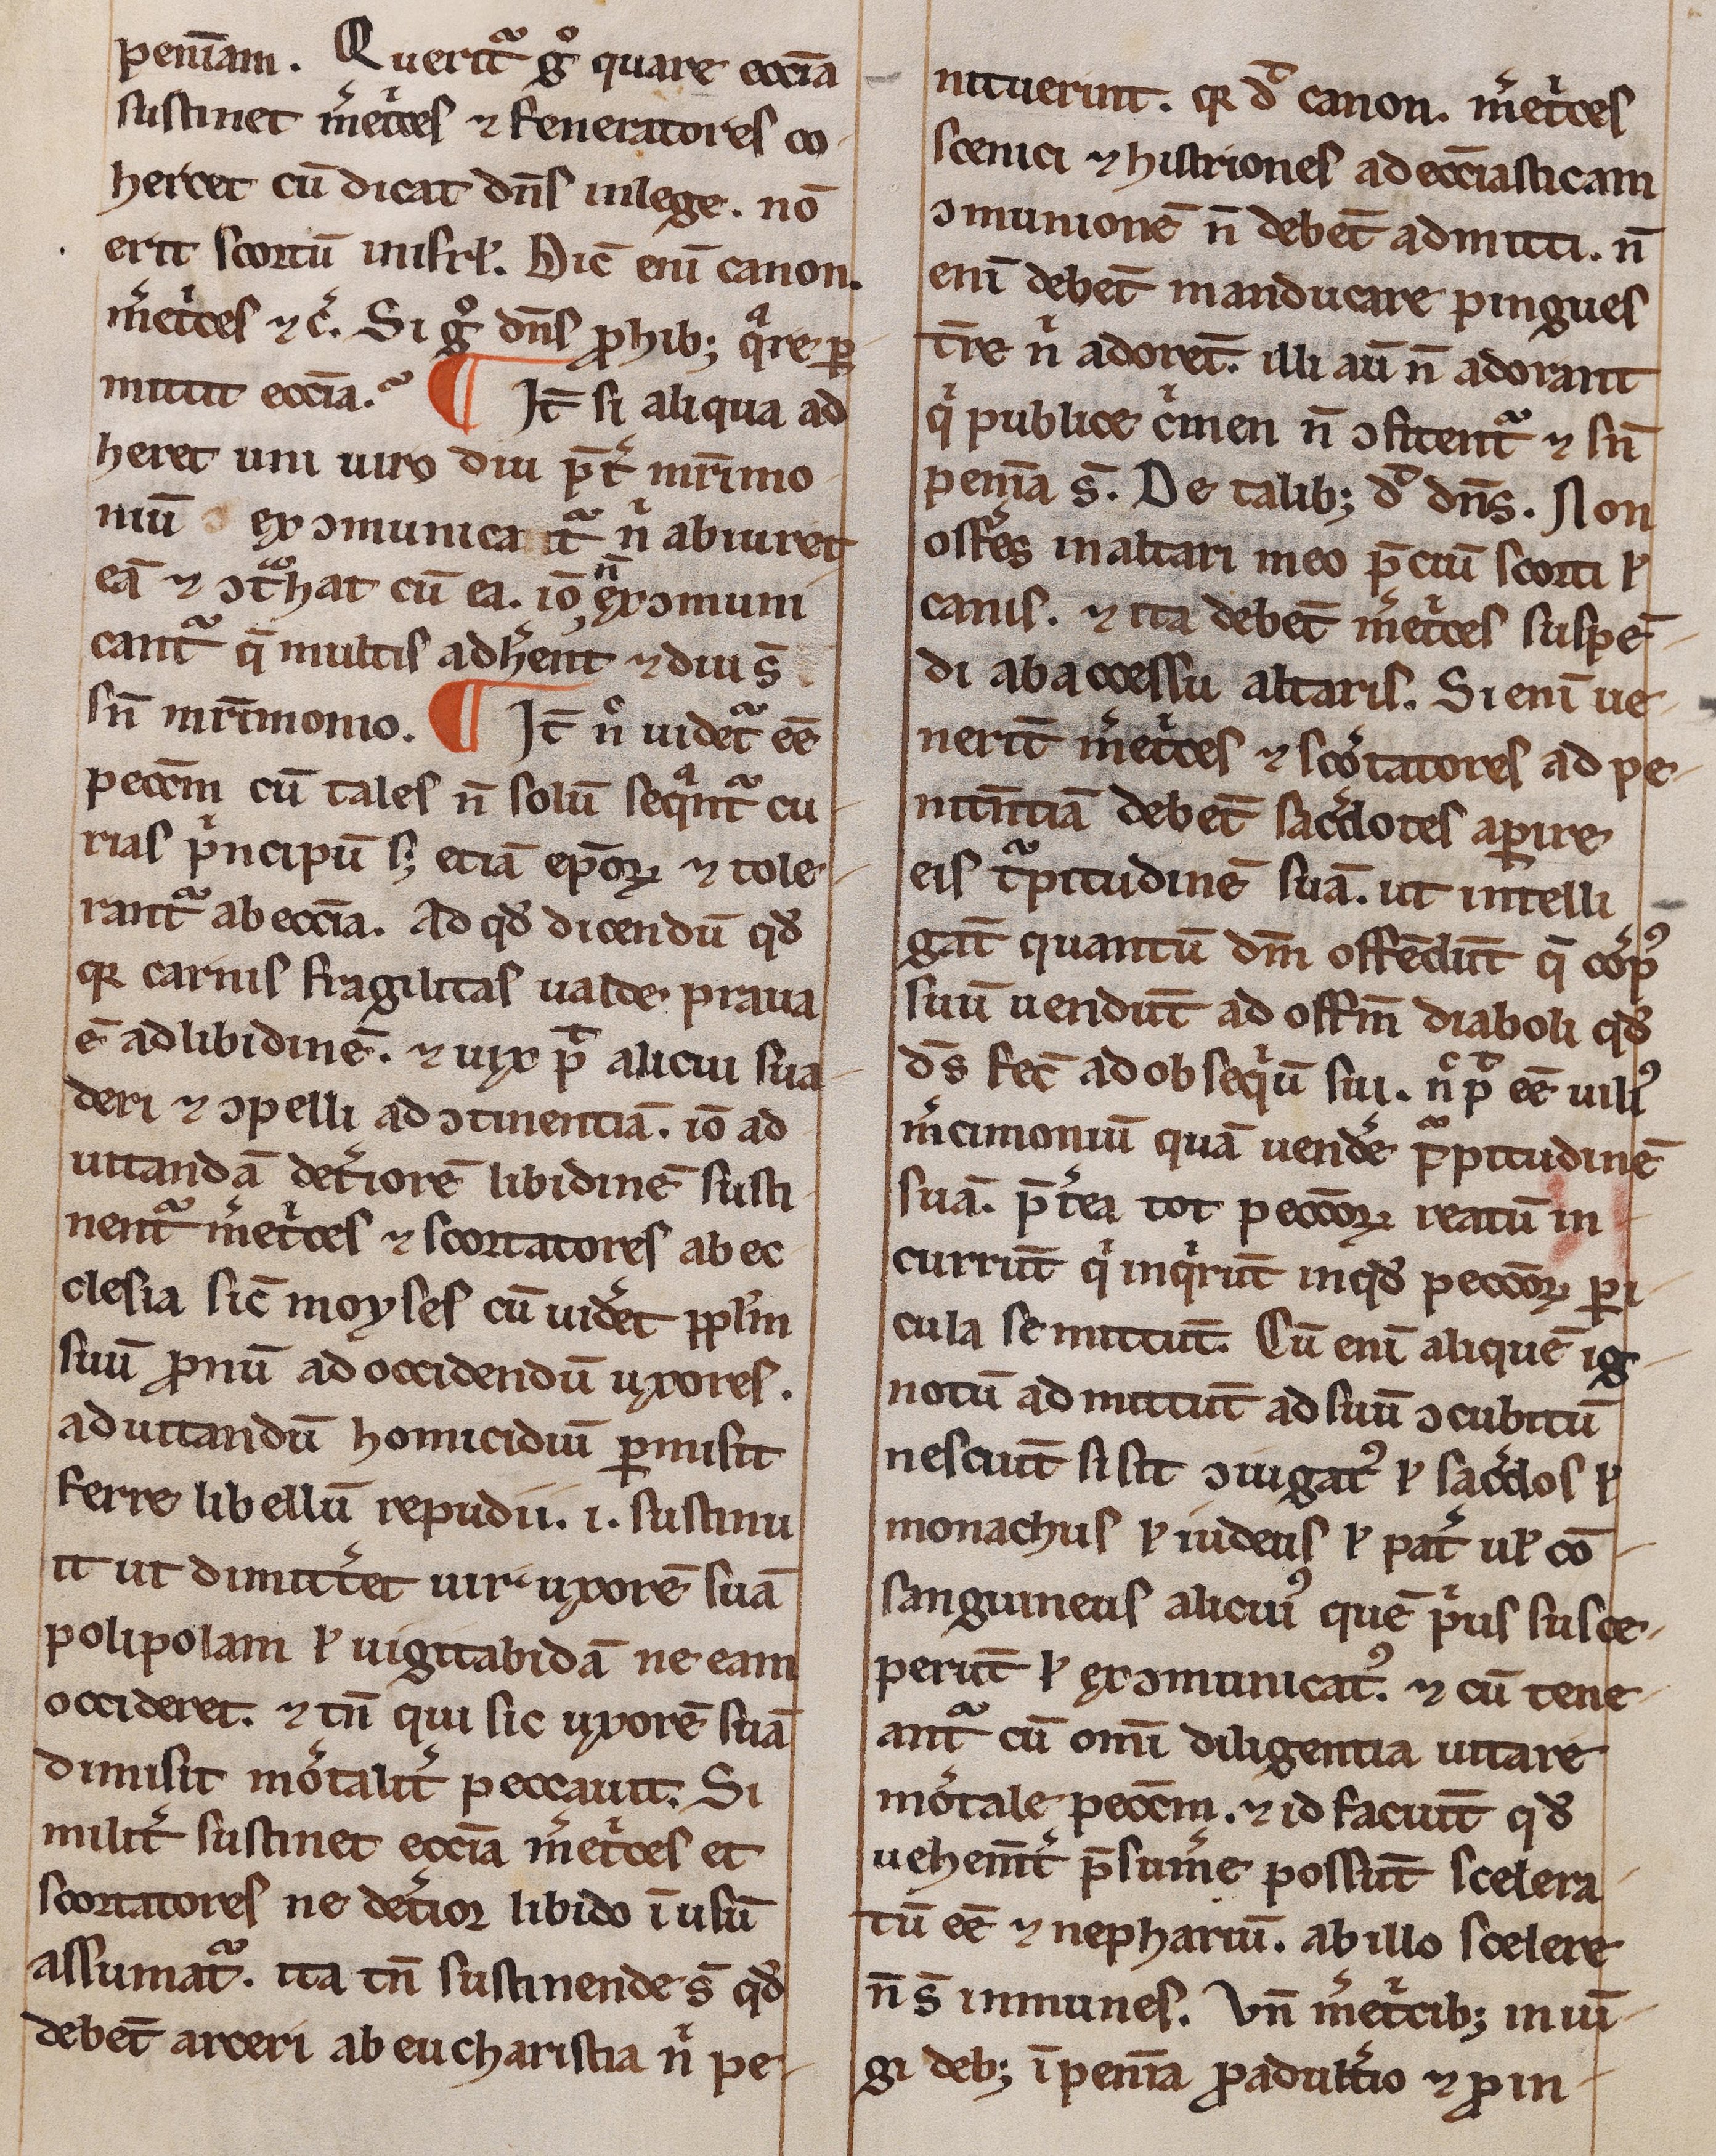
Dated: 1200–1249